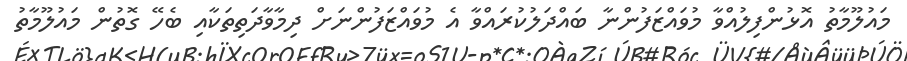
މައުލޫމާތު އޮޅުންފިލުއްވާ މުވައްޒަފުންނާ ބައްދަލުކުރައްވާ އެ މުވައްޒަފުންނަށް ދިމާވާދަތިތަކާއި ބެހޭ ގޮތުން މައުލޫމާތު